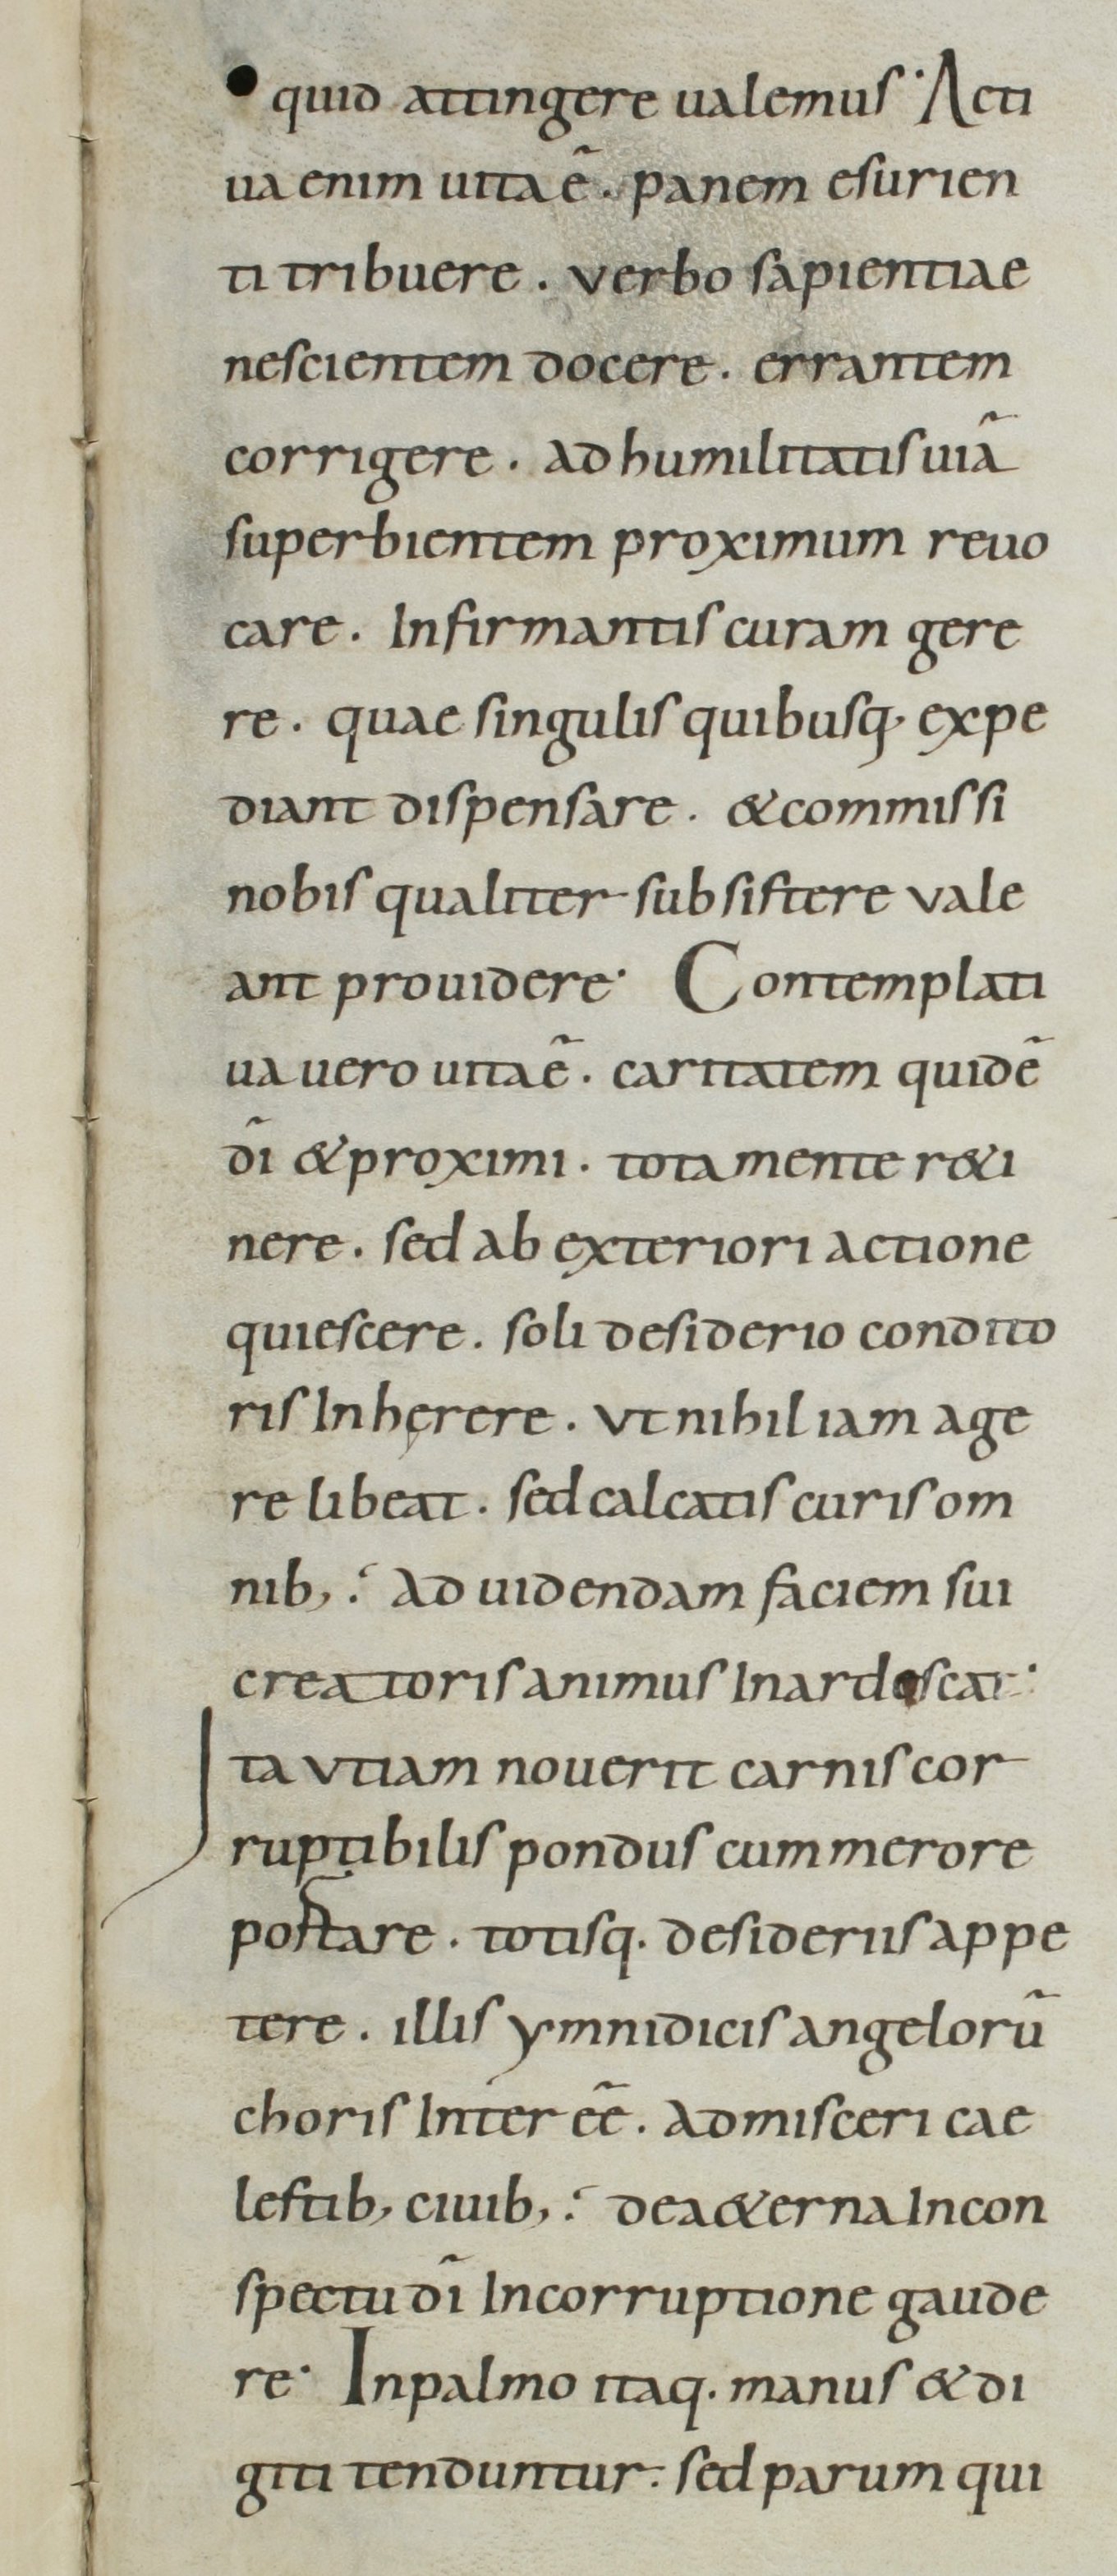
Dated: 800–899